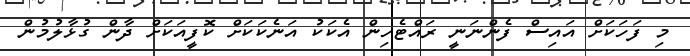
މި ފަހަކަށް އައިސް ފެންނަނީ ރައްޓެހިން އެކަކު އަނެކަކަށް ކޮފީއަކަށް ދާން ގުޅާލުމުން